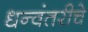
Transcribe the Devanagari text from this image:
धन्वंतरीचे